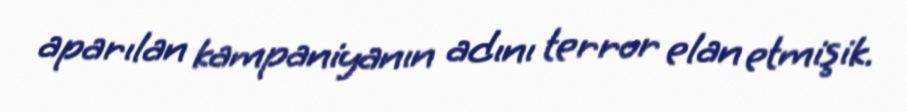
aparılan kampaniyanın adını terror elan etmişik.